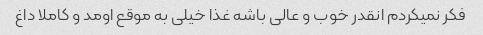
فکر نمیکردم انقدر خوب و عالی باشه غذا خیلی به موقع اومد و کاملا داغ